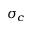
\sigma _ { c }